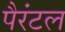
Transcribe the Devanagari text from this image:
पैरंटल